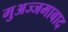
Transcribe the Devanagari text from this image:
मुअज्जमाबाद